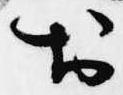
於